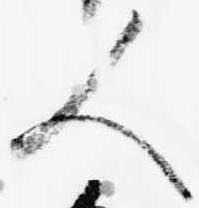
人